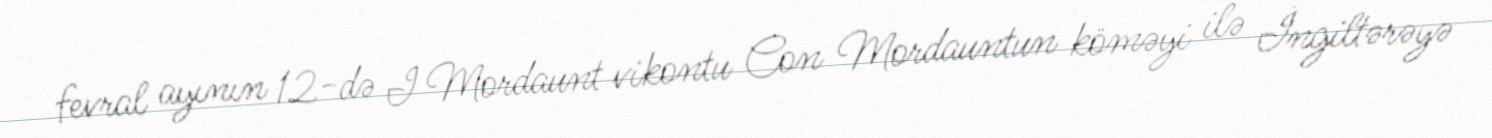
fevral ayının 12-də I Mordaunt vikontu Con Mordauntun köməyi ilə İngiltərəyə